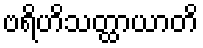
ဗရိဟိသတ္ထာယာတိ